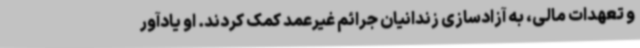
و تعهدات مالی، به آزادسازی زندانیان جرائم غیرعمد کمک کردند. او یادآور